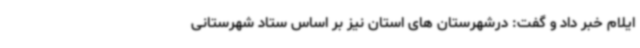
ایلام خبر داد و گفت: درشهرستان های استان نیز بر اساس ستاد شهرستانی